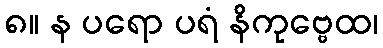
၈။ န ပရော ပရံ နိကုဗ္ဗေထ၊